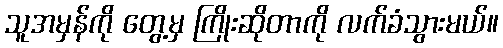
သူအမှန်ကို တွေ့မှ ကြိုးဆိုတာကို လက်ခံသွားမယ်။